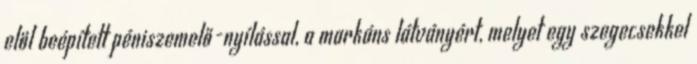
elöl beépített péniszemelő-nyílással, a markáns látványért, melyet egy szegecsekkel